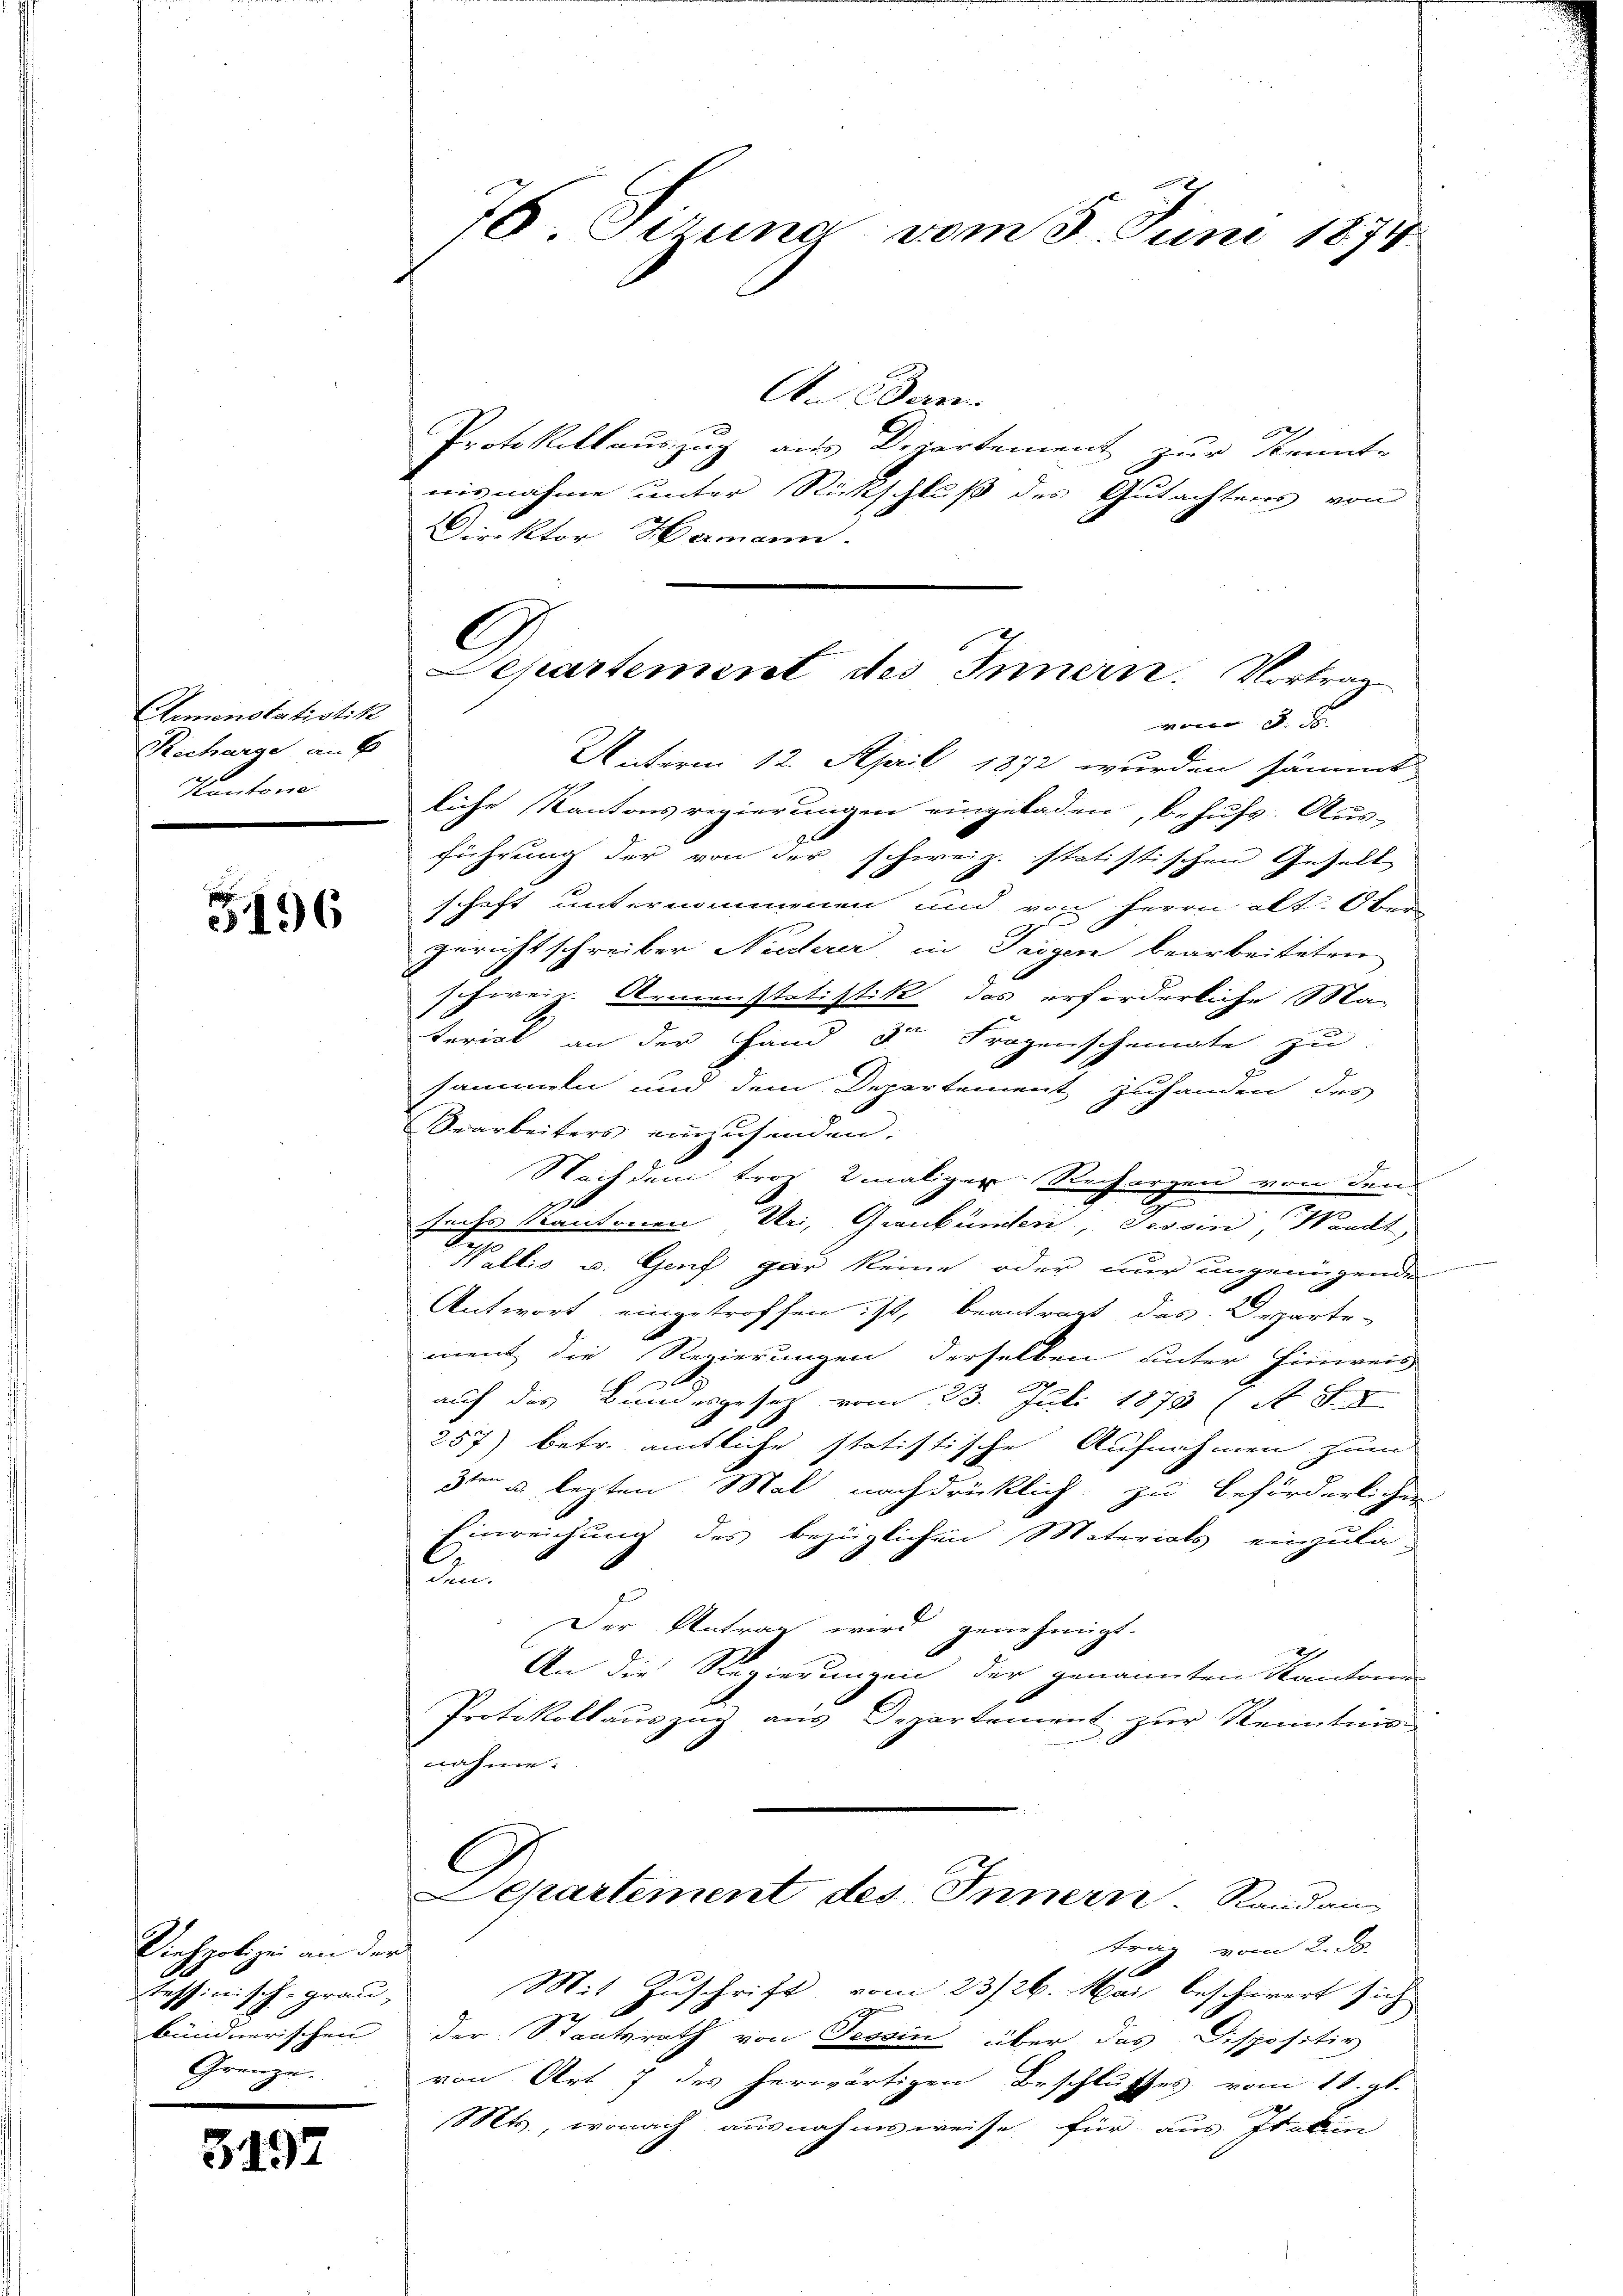
Clemenstatistik
Recharge an E
Kantone

3196

Viehpolizei an der
tessinische grau
bündnerischen
Grenze.

3497

76 Sezung vom 3. Juni 1874.

An Bern
Protokollauszug aus Departement zŭr Kennte
wirnahme unter Rückschluß des Gutachtens von
Direktor Hermann.

Unterm 12. April 1872 wurden sämmt
liche Kantonsregierungen eingeladen, behufs Ausführung der von der schweiz. statistischen Gesell
schaft unternommenen und von Herrn alt. Ober
gericht schreiber Nuderer in Teigen bearbeiteten
schweiz. Armenstatistik das erforderliche Ma-

terial an der Hand der Fragenscheinte zu
J
sammeln und dem Departement zuhanden des
Bearbeiters einzusenden.
Nach dem troz 2maliger Rechergen von dem
sechs Kantonen Uri, Graubünden, Tessin, Waadt,
Wallis u. Genf gar keine oder nur ungenügenden
Antwort eingetroffen ist, beantragt des Departe-
ment die Regierungen derselben unter Hinweis
auf das Bundesgesetz vom 23. Juli 1878 (s. S. I
257) betr. amtliche statistische Aufnahmen zum
3ten u. lezten Mal nachdrücklich zu beförderlichen
Einreichung des bezüglichen Materials einzula-
n
Der Antrag wird genehmigt.
2
An die Regierungen der genannten Kantone
Protokollauszug aus Departement zur Kenntnis
nahme.
C
Separtement des Innern. Randan
trag vom 2. ds.
c
Mit Zuschrift vom 23/26. Mai beschwert sich
der Staatsrath von Tessin über das Dispositiv
von Art. 7 des herwärtigen Beschlusses vom 11. gl.
Mts., wonach ausnahmsweise für aus Italien

C
Separtement des Innern. Vortrag